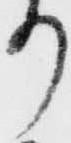
り